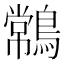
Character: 𪄹